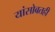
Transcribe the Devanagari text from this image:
यांसोबतही